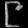
Digit: ၉